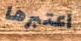
اعتبرها